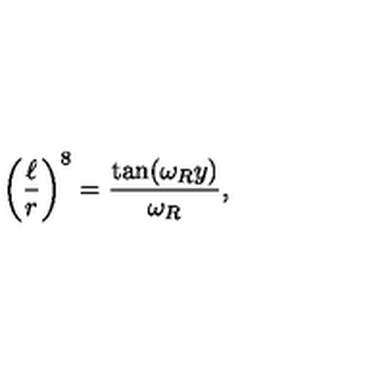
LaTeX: \left( \frac { \ell } { r } \right) ^ { 8 } = { \frac { \tan ( \omega _ { R } y ) } { \omega _ { R } } } ,